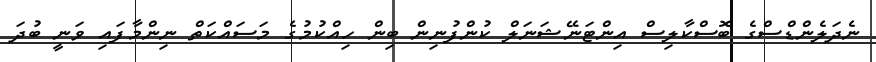
ނެދަލެންޑްސްގެ ބޮސްކާލިސް އިންޓަނޭޝަނަލް ކުންފުނިން ބިން ހިއްކުމުގެ މަސައްކަތް ނިންމާފައި ވަނީ ބުދަ